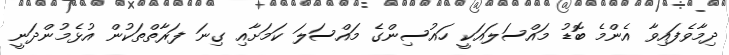
ދިމާވެފައިވާ އެންމެ ބޮޑު މައްސަލައަކީ ހައުސިންގެ މައްސަލަ ކަމަށާއި ގިނަ ފަރާތްތަކުން އުޅެމުންދަނީ